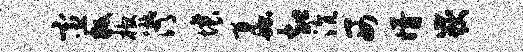
宦叛棺潸壤蠡却沆西婿岳